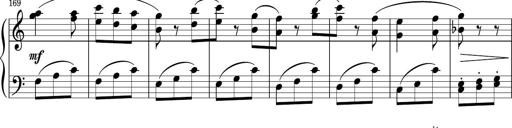
Title: Sonatina PandemÃ³nium
Composer: VÃ­ctor Carbajo
Key: C major